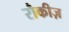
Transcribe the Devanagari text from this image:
रौकीज़